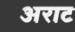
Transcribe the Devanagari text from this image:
अराट